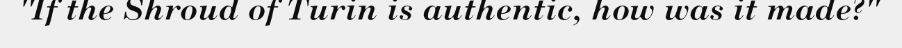
"If the Shroud of Turin is authentic, how was it made?"